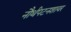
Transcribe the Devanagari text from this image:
नौर्थंपटनशायर